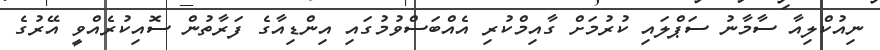
ނިއުކްލިއާ ސާމާނު ސަޕްލައި ކުރުމަށް ގާއިމްކުރި އެއްބަސްވުމުގައި އިންޑިއާގެ ފަރާތުން ސޮއިކުރެއްވީ އޭރުގެ